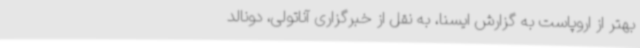
بهتر از اروپاست به گزارش ایسنا، به نقل از خبرگزاری آناتولی، دونالد